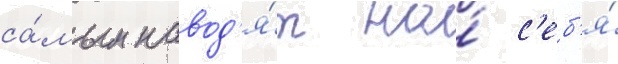
са́мым навод'я́т на́ с'еб'я́